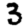
Digit: 3